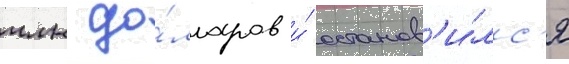
млн до́лларов и́ останов'и́лс'я